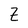
Character: Z